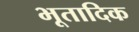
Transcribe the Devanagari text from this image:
भूतादिक